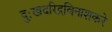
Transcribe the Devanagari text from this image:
दुःखदरिद्रविनाशकरे